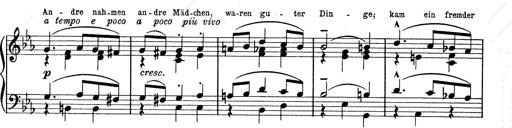
Title: 6 Polish Songs
Composer: Franz Liszt